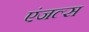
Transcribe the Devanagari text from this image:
एंजल्‍स